Papers set at the Examination for Leaving Certificates, 1894
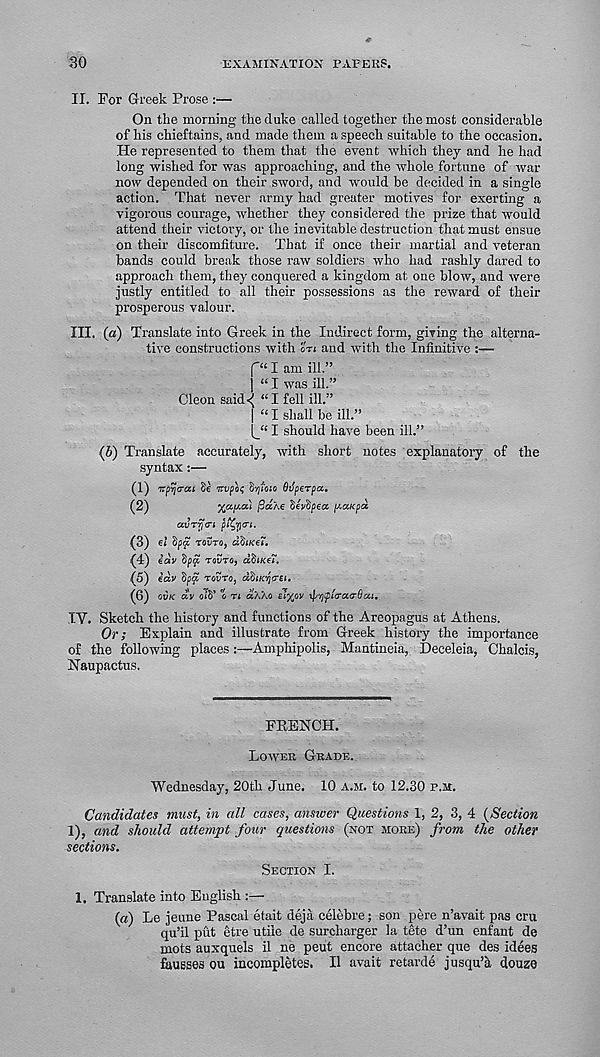
30
EXAMINATION PAPERS.
II. For Greek Prose :—
On the morning the duke called together the most considerable
of his chieftains, and made them a speech suitable to the occasion.
He represented to them that the event which they and he had
long wished for was approaching, and the whole fortune of war
now depended on their sword, and would be decided in a single
action. That never army had greater motives for exerting a
vigorous courage, whether they considered the prize that would
attend their victory, or the inevitable destruction that must ensue
on their discomfiture. That if once their martial and veteran
bands could break those raw soldiers who had rashly dared to
approach them, they conquered a kingdom at one blow, and were
justly entitled to all their possessions as the reward of their
prosperous valour.
III. (a) Translate into Greek in the Indirect form, giving the alterna-
tive constructions with on and with the Infinitive :—
f“ I am ill.”
1 “ I was ill.”
Cleon said<( “I fell ill.”
| «I shall be ill.”
I should have been ill.”
(b) Translate accurately, with short notes explanatory of the
syntax :—
(1) np'ijfTai Se Ttvpot; hytoio Orfperpa.
(2)
fid/.e hivipea [J.ctKpd
ccvTr[a'i piCflai.
(3) el Spa T0UT0, dfilKGl.
(4) idv
rovTQy dhiKeT,
(5) idv
rovro, ddiKyo-ei.
(6) ovk dV ot’S’ o n aXXo
ip'/jipiO'ao'Oai.
TV. Sketch the history and functions of the Areopagus at Athens.
Or; Explain and illustrate from Greek history the importance
of the following places:—Amphipolis, Mantineia, Deceleia, Chalcis,
Naupactus.
FRENCH.
Lower Grade.
Wednesday, 20th June. 10 a.m. to 12.30 p.m.
Candidates must, in all cases, answer Questions 1, 2, 3, 4 (Section
1), and should attempt four questions (not more) from the other
sections.
Section I.
1. Translate into English :—
(a) Le jeune Pascal etait deja celebre; son pere n’avait pas cru
qu’il put etre utile de surcharger la tete d’un enfant de
mots auxquels il ne pent encore attacher que des idees
fausses ou incompletes. II avait retarde jusqu’a douze